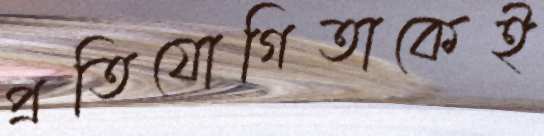
প্রতিযোগিতাকেই